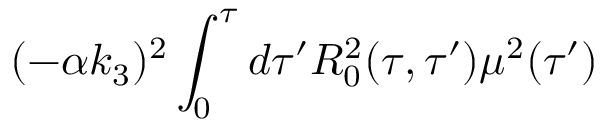
( - \alpha k _ { 3 } ) ^ { 2 } \int _ { 0 } ^ { \tau } d \tau ^ { \prime } R _ { 0 } ^ { 2 } ( \tau , \tau ^ { \prime } ) \mu ^ { 2 } ( \tau ^ { \prime } )